Burma Government Medical School reports 1907-22
Year: 1907
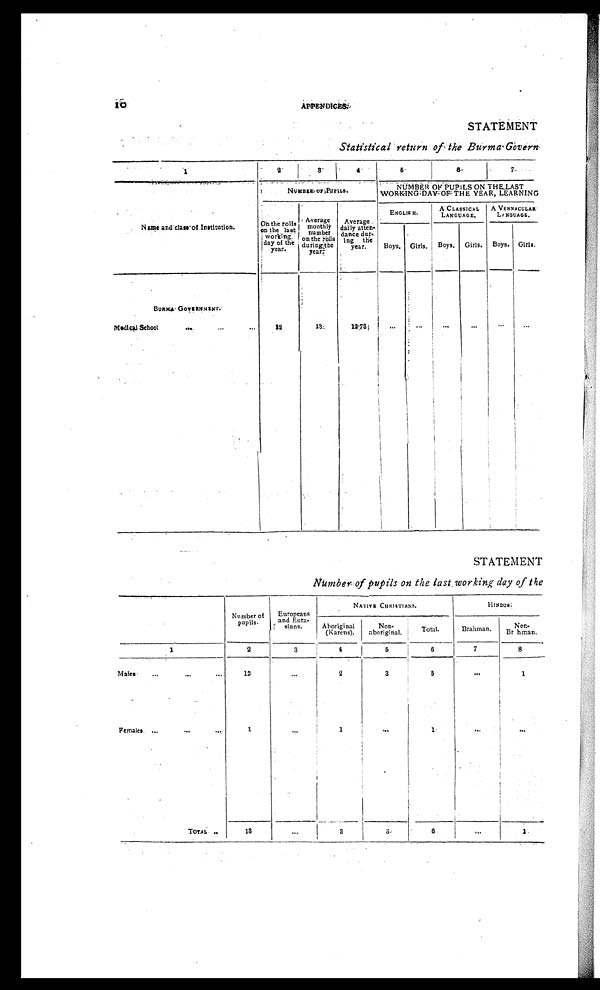
STATEMENT
Statistical return of the Burma Govern
1
2
3
4
5
6
7
Name and class of Institution.
NUMBER OF PUPILS.
NUMBER OF PUPILS ON THE LAST
WORKING DAY OF THE YEAR, LEARNING
On the rol
ls
on the last
working day of the
year .
Average
monthly
number
on the rolls
during the
year.
A v e r a g e d a i l y a t t e n -
dance dur-
ing the
year.
ENGLISH.
A CLASSICAL
LANGUAGE.
A VERNACULAR
LANGUAGE.
Boys. Girls.
Boys.
Girls. Boys. Girls.
BURMA GOVERNMENT .
Medical School
... ...
...
1 9
13
12.73
...
... ... ...
...
...
STATEMENT
Number of
pupils.
Europeans
and Eura-
sians.
NATIVE CHRISTIANS.
H I N D U S .
Aboriginal
(Karens).
Non-
aboriginal.
Total.
Brahman.
Non-
Brahman.
1
2
3
4 5
6
7
8
M a l e s
...
...
...
12
...
2
3
5
...
1
Females ...
...
...
1
...
1
...
1
... ...
TOTAL ..
13
...
3
3
6
...
1